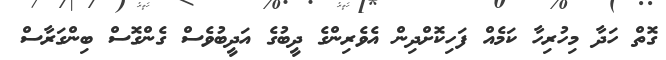
ގޮތް ހަދާ މިހުރިހާ ކަމެއް ފަހިކޮށްދިން އެވެރިންގެ ދީބުގެ އަދީބުވެސް ގެންގޮސް ބިންގަރާސް